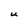
Character: U